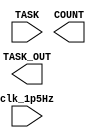
`timescale 1ns / 1ps
//////////////////////////////////////////////////////////////////////////////////
// Company: 
// Engineer: 
// 
// Design Name: 
// Module Name: water_full_counter
// Project Name: 
// Target Devices: 
// Tool Versions: 
// Description: 
// 
// Dependencies: 
// 
// Revision:
// Revision 0.01 - File Created
// Additional Comments:
// 
//////////////////////////////////////////////////////////////////////////////////


module water_full_counter(
    input clk_1p5Hz,
    input [1:0] TASK,
    output [1:0] COUNT,
    output [1:0] TASK_OUT
    );
endmodule